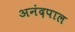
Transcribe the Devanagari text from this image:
अनंदपाल